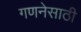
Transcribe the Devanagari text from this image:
गणनेसाठी